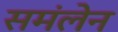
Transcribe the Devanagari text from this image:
समंलेन